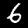
Label: 6